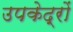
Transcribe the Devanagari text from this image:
उपकेद्रों